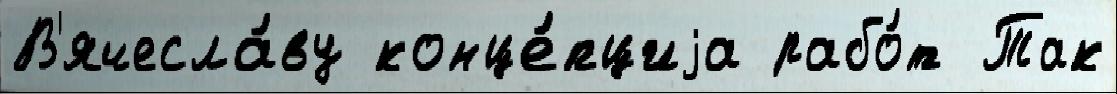
В'ячесла́ву конце́пциjа рабо́т Так